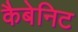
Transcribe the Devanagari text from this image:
कैबेनिट